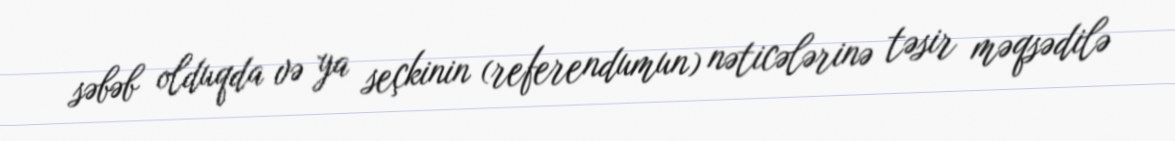
səbəb olduqda və ya seçkinin (referendumun) nəticələrinə təsir məqsədilə